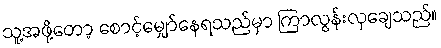
သူ့အဖို့တော့ စောင့်မျှော်နေရသည်မှာ ကြာလွန်းလှချေသည်။